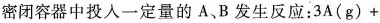
密闭容器中投入一定量的A、B发生反应：3\mathrm{A}(\mathrm{g}) +